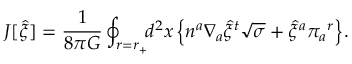
J [ { \hat { \xi } } ] = { \frac { 1 } { 8 \pi G } } \oint _ { r = r _ { + } } \! \! d ^ { 2 } x \, \Bigl \{ n ^ { a } \nabla _ { a } { \hat { \xi } } ^ { t } \sqrt { \sigma } + { \hat { \xi } } ^ { a } \pi _ { a } { } ^ { r } \Bigr \} .